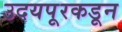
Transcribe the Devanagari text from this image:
उदयपूरकडून